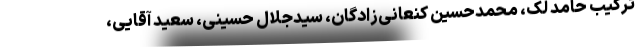
ترکیب حامد لک، محمدحسین کنعانی‌زادگان، سید‌جلال حسینی، سعید آقایی،